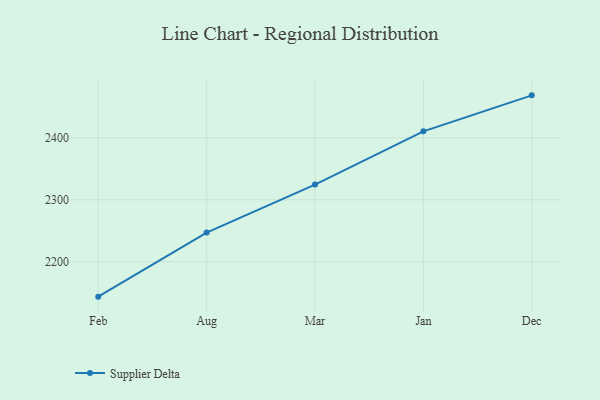
{"axis": {"x": "Month", "y": "Latency (ms)"}, "legend": ["Supplier Delta"], "data": [{"x": "Feb", "y": 2143.8, "type": "Supplier Delta"}, {"x": "Aug", "y": 2247.1, "type": "Supplier Delta"}, {"x": "Mar", "y": 2324.6, "type": "Supplier Delta"}, {"x": "Jan", "y": 2410.5, "type": "Supplier Delta"}, {"x": "Dec", "y": 2468.5, "type": "Supplier Delta"}]}